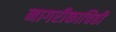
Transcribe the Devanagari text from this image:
नागरीकाचिही